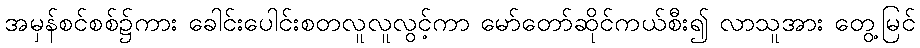
အမှန်စင်စစ်၌ကား ခေါင်းပေါင်းစတလူလူလွင့်ကာ မော်တော်ဆိုင်ကယ်စီး၍ လာသူအား တွေ့မြင်